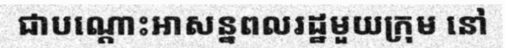
ជាបណ្តោះអាសន្នពលរដ្ឋមួយក្រុម នៅ